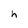
Character: h